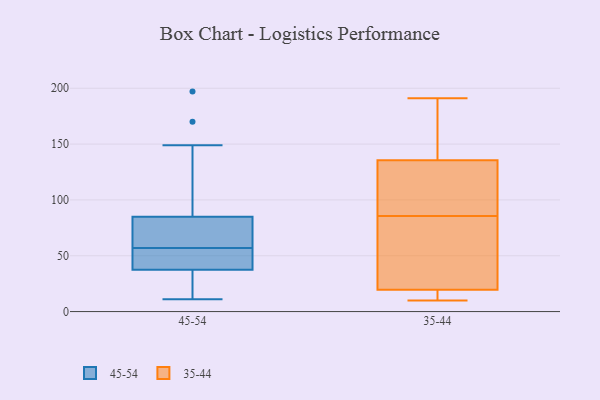
{"axis": {"x": "Waste Production (Tons)", "y": "Value"}, "legend": ["35-44", "45-54"], "data": [{"x": "", "y": 79, "type": "45-54"}, {"x": "", "y": 52, "type": "45-54"}, {"x": "", "y": 55, "type": "45-54"}, {"x": "", "y": 16, "type": "45-54"}, {"x": "", "y": 149, "type": "45-54"}, {"x": "", "y": 53, "type": "45-54"}, {"x": "", "y": 103, "type": "45-54"}, {"x": "", "y": 27, "type": "45-54"}, {"x": "", "y": 41, "type": "45-54"}, {"x": "", "y": 57, "type": "45-54"}, {"x": "", "y": 78, "type": "45-54"}, {"x": "", "y": 69, "type": "45-54"}, {"x": "", "y": 197, "type": "45-54"}, {"x": "", "y": 69, "type": "45-54"}, {"x": "", "y": 170, "type": "45-54"}, {"x": "", "y": 11, "type": "45-54"}, {"x": "", "y": 12, "type": "45-54"}, {"x": "", "y": 12, "type": "35-44"}, {"x": "", "y": 164, "type": "35-44"}, {"x": "", "y": 130, "type": "35-44"}, {"x": "", "y": 99, "type": "35-44"}, {"x": "", "y": 43, "type": "35-44"}, {"x": "", "y": 13, "type": "35-44"}, {"x": "", "y": 141, "type": "35-44"}, {"x": "", "y": 89, "type": "35-44"}, {"x": "", "y": 10, "type": "35-44"}, {"x": "", "y": 23, "type": "35-44"}, {"x": "", "y": 113, "type": "35-44"}, {"x": "", "y": 82, "type": "35-44"}, {"x": "", "y": 187, "type": "35-44"}, {"x": "", "y": 16, "type": "35-44"}, {"x": "", "y": 191, "type": "35-44"}, {"x": "", "y": 35, "type": "35-44"}]}